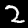
Digit: 2